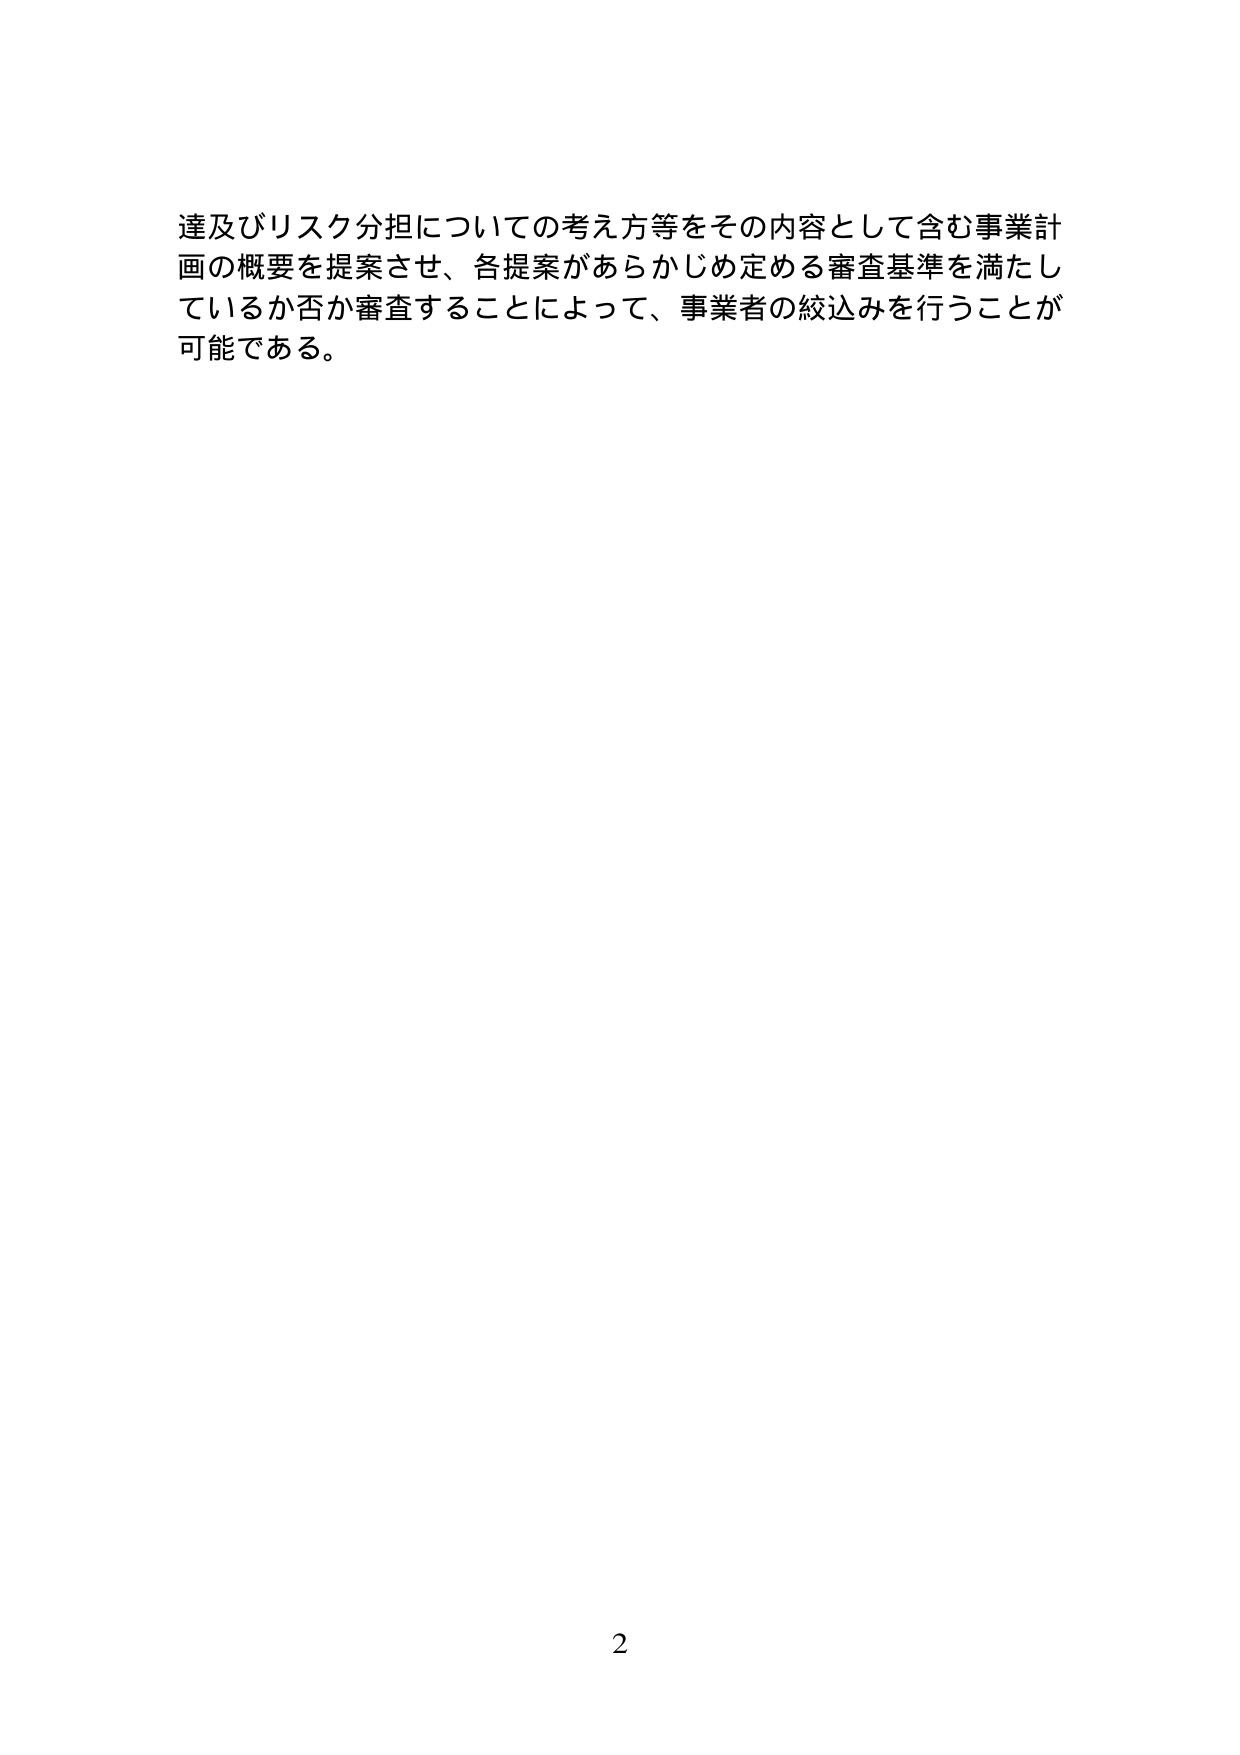
達及びリスク分担についての考え方等をその内容として含む事業計画の概要を提案させ、各提案があらかじめ定める審査基準を満たしているか否か審査することによって、事業者の絞込みを行うことが可能である。

2